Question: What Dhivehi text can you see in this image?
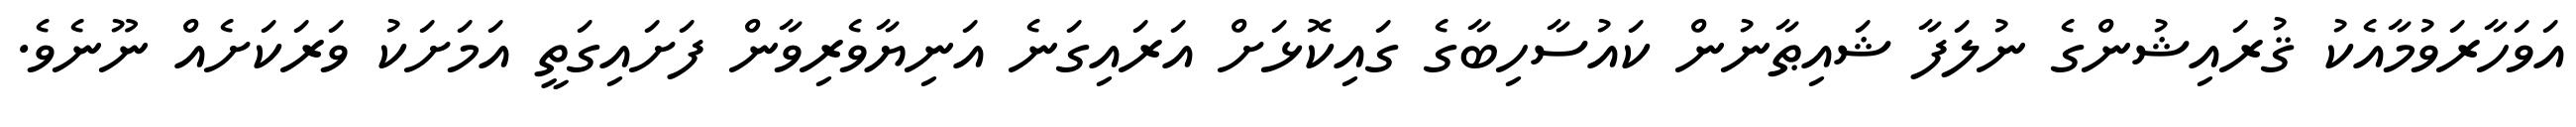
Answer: އަވަހާރަވުމާއެކު ޤުރައިޝުންގެ ނުލަފާ ޝައިޠާނުން ކައުސާހިބާގެ ގައިކޮޅަށް އަރައިގަނެ އަނިޔާވެރިވާން ފަށައިގަތީ އަމަށަކު ވަރަކަށެއް ނޫނެވެ.